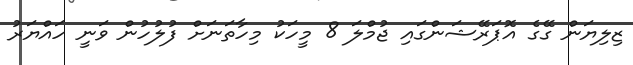
ޒިލިޔަން ގޭގެ އޮޕަރޭޝަންގައި ޖުމްލަ 8 މީހަކު މިހާތަނަށް ފުލުހުން ވަނީ ހައްޔަރު